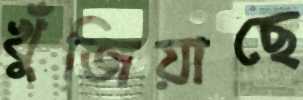
খুঁজিয়াছে